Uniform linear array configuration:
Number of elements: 8
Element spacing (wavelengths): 0.5
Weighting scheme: cosine
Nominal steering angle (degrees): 60
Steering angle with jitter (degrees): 61.254
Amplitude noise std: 0.05
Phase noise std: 0.05

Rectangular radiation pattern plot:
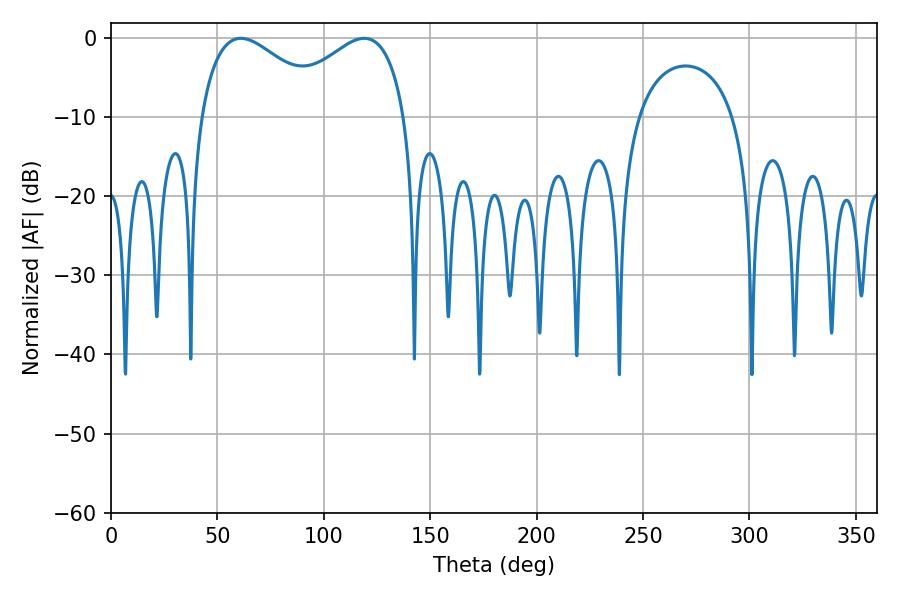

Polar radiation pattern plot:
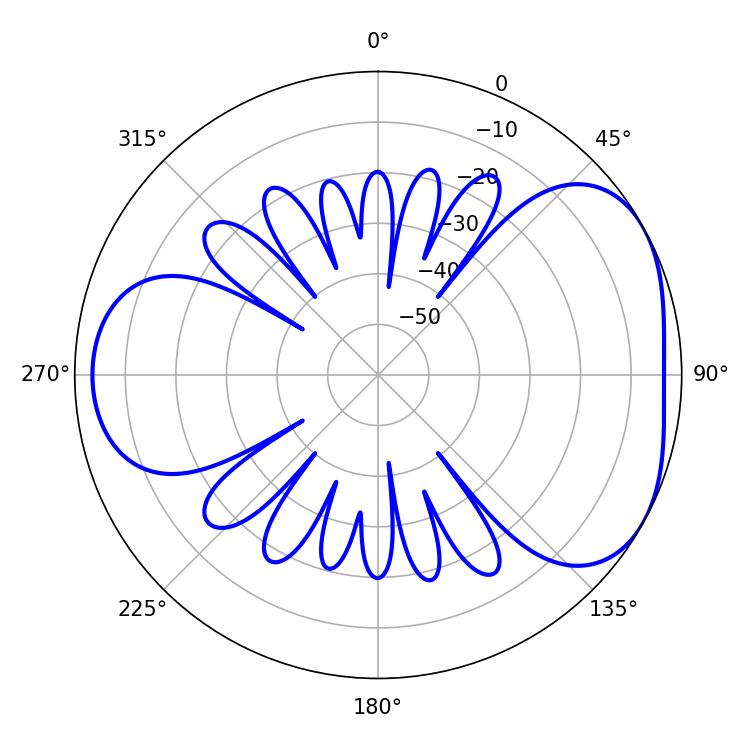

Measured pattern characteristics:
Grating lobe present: FALSE
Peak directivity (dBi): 4.343
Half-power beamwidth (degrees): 33.12
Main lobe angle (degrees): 61.02